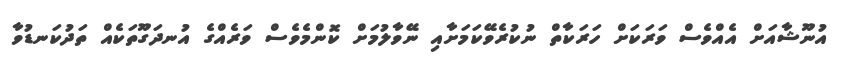
އުނޫޝާއަށް އެއްވެސް ވަރަކަށް ހަރަކާތް ނުކުރެވޭކަމަށާއި ނޭވާލުމަށް ކޮންމެވެސް ވަރެއްގެ އުނދަގޫތަކެއް ތަދުކަނޑުވާ